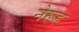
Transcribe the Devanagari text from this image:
नेरूह